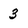
Character: 3